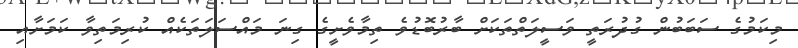
މިކަމުގެ ސަބަބުން ގުދުރަތީ ވަސީލަތްތަކަށް ބާރުބޮޑުވެ ތިމާވެށީގެ ގިނަ މައްސަލަތަކެއް ކުރިމަތިވާ ކަމަށާއި